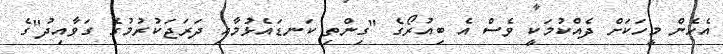
އެހެން މީހަކަށް ދެއްކުމަކީ ވެސް އެ ބިއުރޯގެ "ގިންތި ކަނޑައެޅުމާއި ދަރަޖަކުރުމުގެ ގަވާއިދު"ގެ